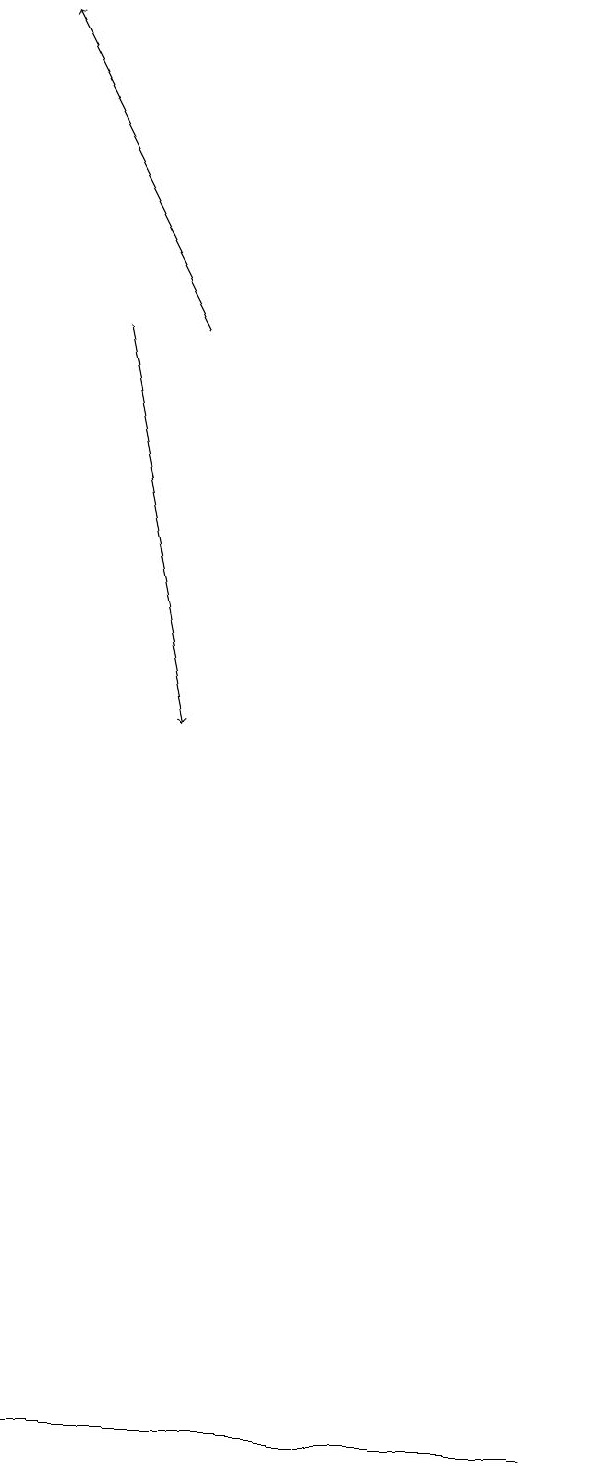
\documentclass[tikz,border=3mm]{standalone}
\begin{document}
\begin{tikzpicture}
\draw (5,1) -- (1,1) -- (8,1) -- cycle;
\draw[->] (3,15) -- (1,19);
\draw[->] (2,15) -- (3,10);
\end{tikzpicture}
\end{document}